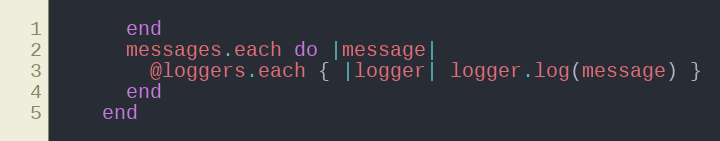
Language: Ruby
      end
      messages.each do |message|
        @loggers.each { |logger| logger.log(message) }
      end
    end